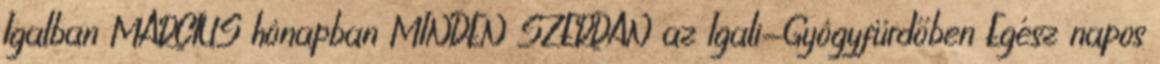
Igalban MÁRCIUS hónapban MINDEN SZERDÁN az Igali-Gyógyfürdőben Egész napos